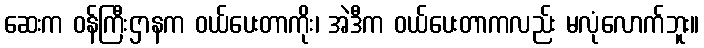
ဆေးက ဝန်ကြီးဌာနက ဝယ်ပေးတာကိုး၊ အဲဒီက ဝယ်ပေးတာကလည်း မလုံလောက်ဘူး။